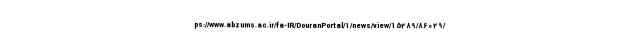
ps://www.abzums.ac.ir/fa-IR/DouranPortal/1/news/view/15289/86029/